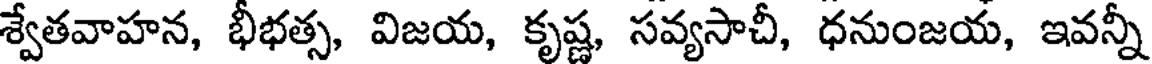
శ్వేతవాహన, భీభత్స, విజయ, కృష్ణ, సవ్యసాచీ, ధనుంజయ, ఇవన్నీ